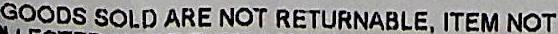
GOODS SOLD ARE NOT RETURNABLE, ITEM NOT